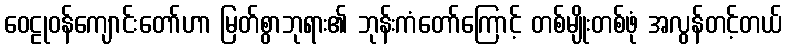
ဝေဠုဝန်ကျောင်းတော်ဟာ မြတ်စွာဘုရား၏ ဘုန်းကံတော်ကြောင့် တစ်မျိုးတစ်ဖုံ အလွန်တင့်တယ်